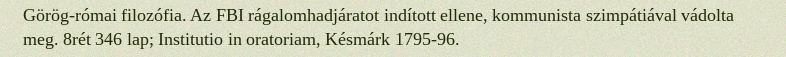
Görög-római filozófia. Az FBI rágalomhadjáratot indított ellene, kommunista szimpátiával vádolta meg. 8rét 346 lap; Institutio in oratoriam, Késmárk 1795-96.